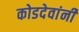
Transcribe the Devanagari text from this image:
कोडदेवांनी